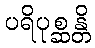
ပရိပုစ္ဆန္တိ